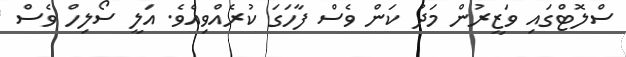
ސްލޮޓްގައި ވަޒީރުން މަދު ކަން ވެސް ފާހަގަ ކުރެއްވިއެވެ. އަލީ ސޯލިހް ވެސް